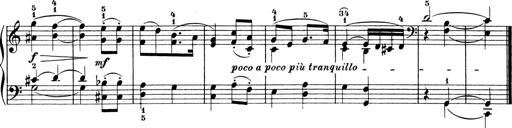
Title: Sonatinen Op.47, 98 und 136, nebst 6 Liedersonatinen
Composer: Carl Reinecke